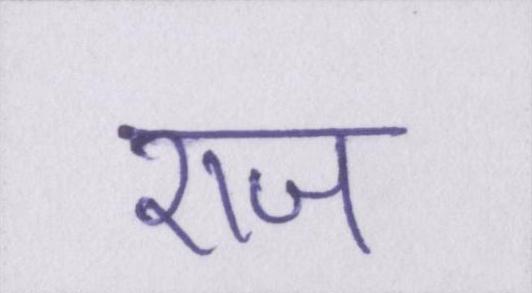
राज